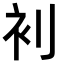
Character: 𮕥